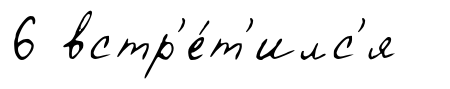
6 встр'е́т'илс'я